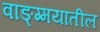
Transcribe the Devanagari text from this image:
वाङ्ग्मयातील